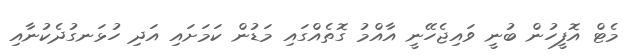
މެޓް އޮފީހުން ބުނީ ވައިޖެހޭނީ އާއްމު ގޮތެއްގައި މަޑުން ކަމަށައި އަދި ހުޅަނގުދެކުނާއި